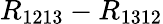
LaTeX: R_{1213}-R_{1312}